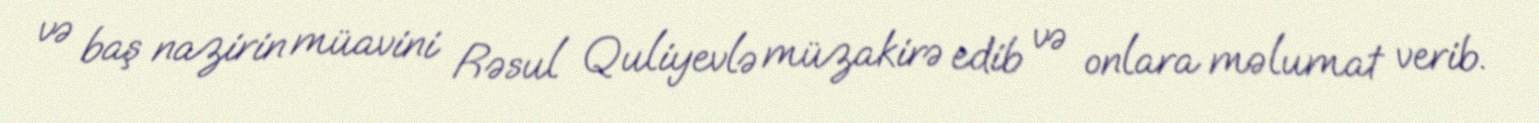
və baş nazirin müavini Rəsul Quliyevlə müzakirə edib və onlara məlumat verib.